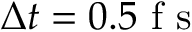
\Delta t = 0 . 5 \mathrm { ~ f ~ s ~ }